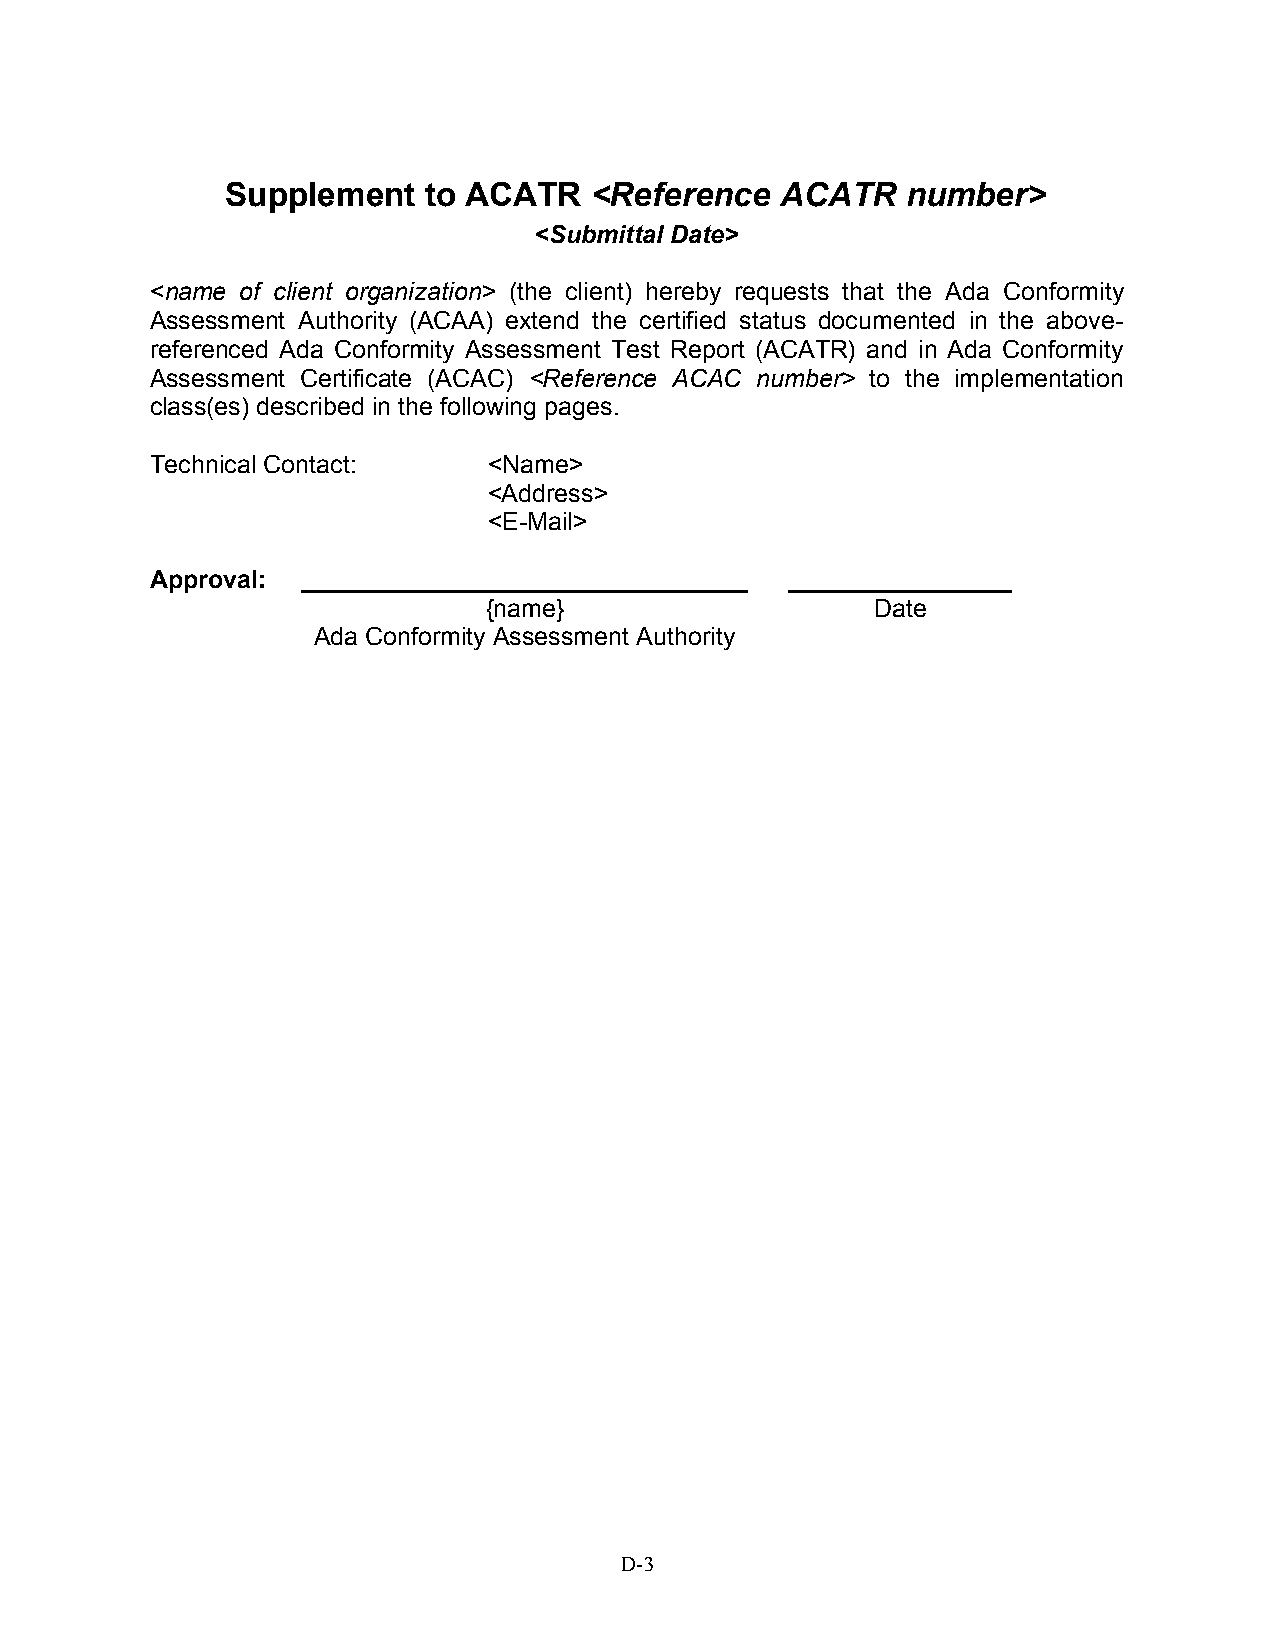
Supplement   to ACATR   <Reference   ACATR   number>
 <Submittal Date>
 <name of client organization> (the client) hereby requests that the Ada Conformity
 Assessment Authority (ACAA) extend the certified status documented in the above-
 referenced Ada Conformity Assessment Test Report (ACATR) and in Ada Conformity
 Assessment Certificate (ACAC) <Reference ACAC number> to the implementation
 class(es) described in the following pages.
 Technical Contact:    <Name>
 <Address>
 <E-Mail>
 Approval: ________________________________ ________________
 {name}                    Date
 Ada Conformity Assessment Authority
 D-3